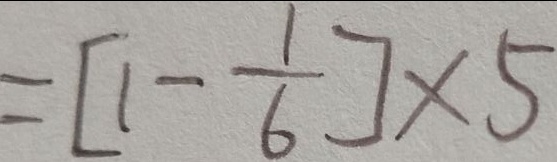
= [ 1 - \frac { 1 } { 6 } ] \times 5